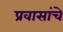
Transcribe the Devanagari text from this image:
प्रवासांचे